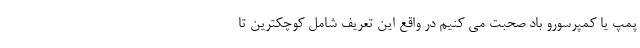
پمپ یا کمپرسورو باد صحبت می کنیم در واقع این تعریف شامل کوچکترین تا